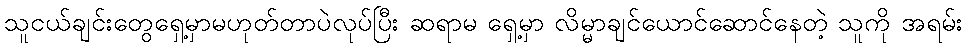
သူငယ်ချင်းတွေရှေ့မှာမဟုတ်တာပဲလုပ်ပြီး ဆရာမ ရှေ့မှာ လိမ္မာချင်ယောင်ဆောင်နေတဲ့ သူကို အရမ်း